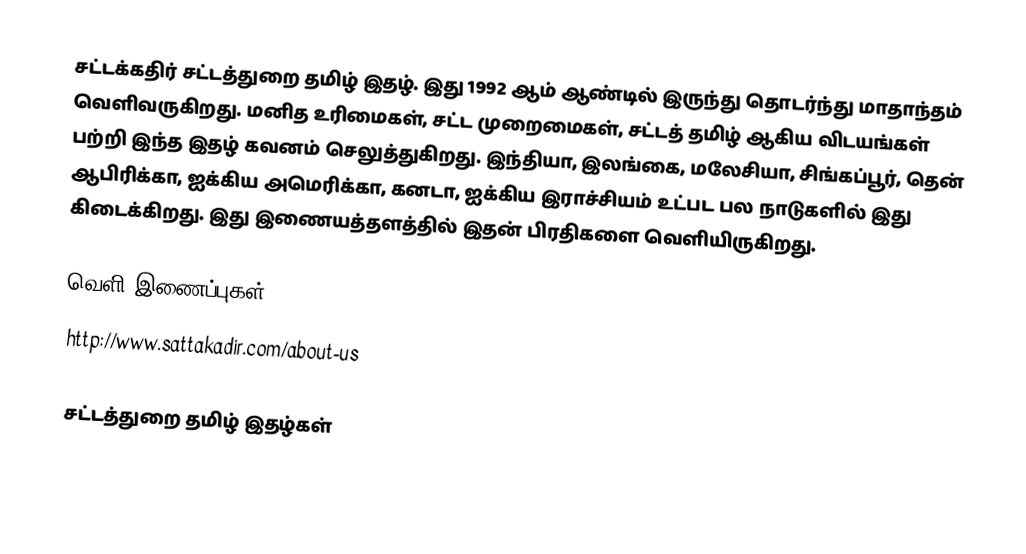
சட்டக்கதிர் சட்டத்துறை தமிழ் இதழ்.  இது 1992 ஆம் ஆண்டில் இருந்து தொடர்ந்து மாதாந்தம் வெளிவருகிறது.  மனித உரிமைகள், சட்ட முறைமைகள், சட்டத் தமிழ் ஆகிய விடயங்கள் பற்றி இந்த இதழ் கவனம் செலுத்துகிறது.  இந்தியா, இலங்கை, மலேசியா, சிங்கப்பூர், தென் ஆபிரிக்கா, ஐக்கிய அமெரிக்கா, கனடா, ஐக்கிய இராச்சியம் உட்பட பல நாடுகளில் இது கிடைக்கிறது.  இது இணையத்தளத்தில் இதன் பிரதிகளை வெளியிருகிறது.

வெளி இணைப்புகள்
 http://www.sattakadir.com/about-us

சட்டத்துறை தமிழ் இதழ்கள்